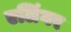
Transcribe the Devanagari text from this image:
एलिंगर